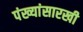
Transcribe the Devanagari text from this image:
पंख्यांसारखी